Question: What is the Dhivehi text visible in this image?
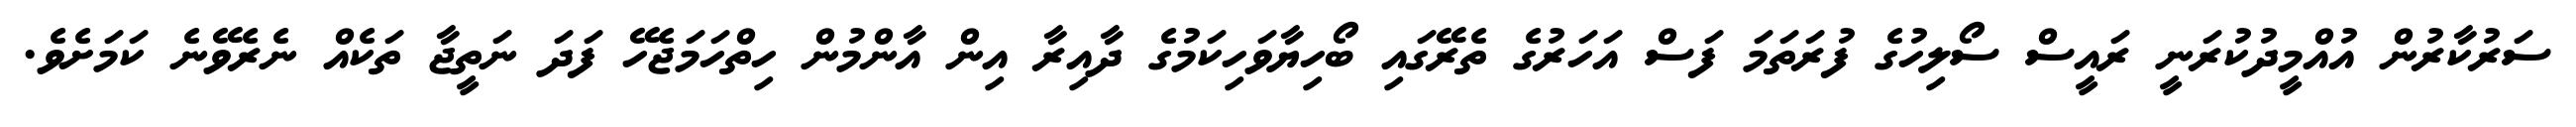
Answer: ސަރުކާރުން އުއްމީދުކުރަނީ ރައީސް ސޯލިހުގެ ފުރަތަމަ ފަސް އަހަރުގެ ތެރޭގައި ބޯހިޔާވަހިކަމުގެ ދާއިރާ އިން އާންމުން ހިތްހަމަޖެހޭ ފަދަ ނަތީޖާ ތަކެއް ނެރެވޭނެ ކަމަށެވެ.